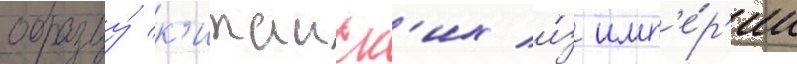
образцу́ к'итаиск'их и́з имп'е́р'ии